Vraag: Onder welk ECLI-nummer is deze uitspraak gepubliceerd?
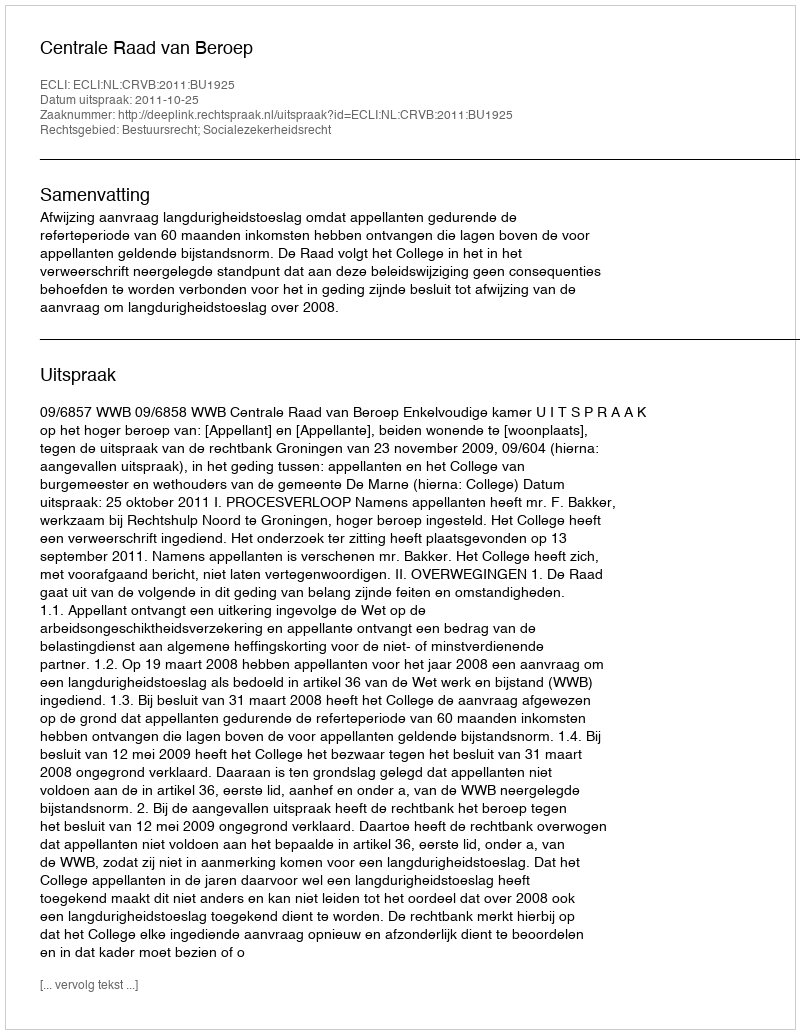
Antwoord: ECLI:NL:CRVB:2011:BU1925